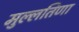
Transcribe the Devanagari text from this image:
मुल्लतिणा